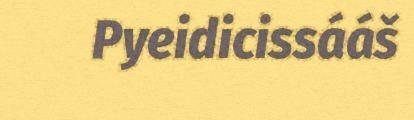
Pyeidicissááš